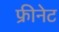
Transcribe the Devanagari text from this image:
फ्रीनेट